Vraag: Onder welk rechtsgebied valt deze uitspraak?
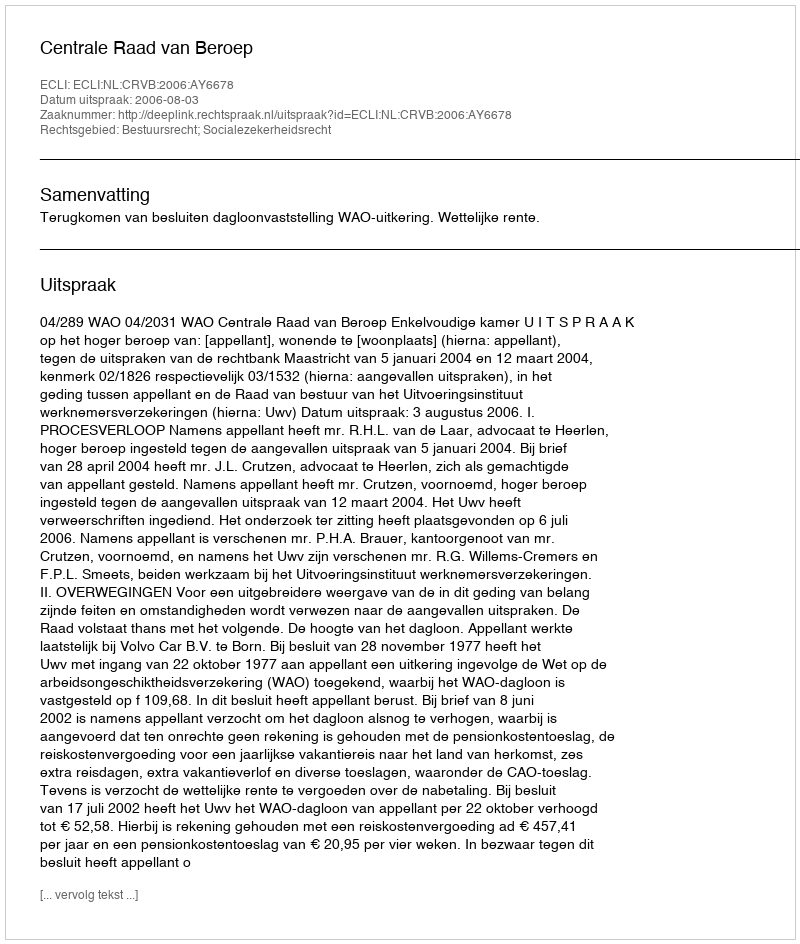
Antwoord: Bestuursrecht; Socialezekerheidsrecht